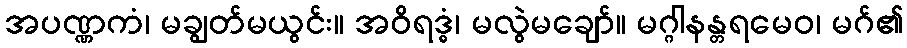
အပဏ္ဏကံ၊ မချွတ်မယွင်း။ အဝိရဒ္ဓံ၊ မလွဲမချော်။ မဂ္ဂါနန္တရမေဝ၊ မဂ်၏